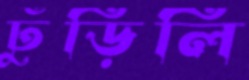
ঢুঁড়িলি